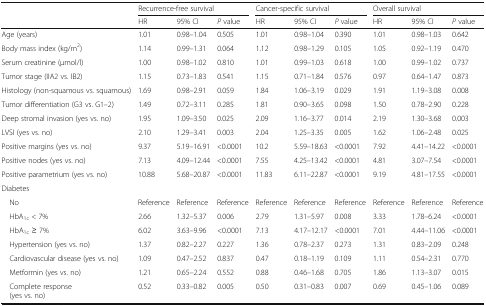
<table><thead><tr><td></td><td colspan="3"><b>Recurrence-free survival</b></td><td colspan="3"><b>Cancer-specific survival</b></td><td colspan="3"><b>Overall survival</b></td></tr><tr><td></td><td><b>HR</b></td><td><b>95% CI</b></td><td><b><i>P</i> value</b></td><td><b>HR</b></td><td><b>95% CI</b></td><td><b><i>P</i> value</b></td><td><b>HR</b></td><td><b>95% CI</b></td><td><b><i>P</i> value</b></td></tr></thead><tbody><tr><td>Age (years)</td><td>1.01</td><td>0.98–1.04</td><td>0.505</td><td>1.01</td><td>0.98–1.04</td><td>0.390</td><td>1.01</td><td>0.98–1.03</td><td>0.642</td></tr><tr><td>Body mass index (kg/m<sup>2</sup>)</td><td>1.14</td><td>0.99–1.31</td><td>0.064</td><td>1.12</td><td>0.98–1.29</td><td>0.105</td><td>1.05</td><td>0.92–1.19</td><td>0.470</td></tr><tr><td>Serum creatinine (μmol/l)</td><td>1.00</td><td>0.98–1.02</td><td>0.810</td><td>1.01</td><td>0.99–1.03</td><td>0.618</td><td>1.00</td><td>0.99–1.02</td><td>0.737</td></tr><tr><td>Tumor stage (IIA2 vs. IB2)</td><td>1.15</td><td>0.73–1.83</td><td>0.541</td><td>1.15</td><td>0.71–1.84</td><td>0.576</td><td>0.97</td><td>0.64–1.47</td><td>0.873</td></tr><tr><td>Histology (non-squamous vs. squamous)</td><td>1.69</td><td>0.98–2.91</td><td>0.059</td><td>1.84</td><td>1.06–3.19</td><td>0.029</td><td>1.91</td><td>1.19–3.08</td><td>0.008</td></tr><tr><td>Tumor differentiation (G3 vs. G1–2)</td><td>1.49</td><td>0.72–3.11</td><td>0.285</td><td>1.81</td><td>0.90–3.65</td><td>0.098</td><td>1.50</td><td>0.78–2.90</td><td>0.228</td></tr><tr><td>Deep stromal invasion (yes vs. no)</td><td>1.95</td><td>1.09–3.50</td><td>0.025</td><td>2.09</td><td>1.16–3.77</td><td>0.014</td><td>2.19</td><td>1.30–3.68</td><td>0.003</td></tr><tr><td>LVSI (yes vs. no)</td><td>2.10</td><td>1.29–3.41</td><td>0.003</td><td>2.04</td><td>1.25–3.35</td><td>0.005</td><td>1.62</td><td>1.06–2.48</td><td>0.025</td></tr><tr><td>Positive margins (yes vs. no)</td><td>9.37</td><td>5.19–16.91</td><td>&lt;0.0001</td><td>10.2</td><td>5.59–18.63</td><td>&lt;0.0001</td><td>7.92</td><td>4.41–14.22</td><td>&lt;0.0001</td></tr><tr><td>Positive nodes (yes vs. no)</td><td>7.13</td><td>4.09–12.44</td><td>&lt;0.0001</td><td>7.55</td><td>4.25–13.42</td><td>&lt;0.0001</td><td>4.81</td><td>3.07–7.54</td><td>&lt;0.0001</td></tr><tr><td>Positive parametrium (yes vs. no)</td><td>10.88</td><td>5.68–20.87</td><td>&lt;0.0001</td><td>11.83</td><td>6.11–22.87</td><td>&lt;0.0001</td><td>9.19</td><td>4.81–17.55</td><td>&lt;0.0001</td></tr><tr><td colspan="10">Diabetes</td></tr><tr><td> No</td><td>Reference</td><td>Reference</td><td>Reference</td><td>Reference</td><td>Reference</td><td>Reference</td><td>Reference</td><td>Reference</td><td>Reference</td></tr><tr><td> HbA<sub>1c</sub> &lt; 7%</td><td>2.66</td><td>1.32–5.37</td><td>0.006</td><td>2.79</td><td>1.31–5.97</td><td>0.008</td><td>3.33</td><td>1.78–6.24</td><td>&lt;0.0001</td></tr><tr><td> HbA<sub>1c</sub> ≥ 7%</td><td>6.02</td><td>3.63–9.96</td><td>&lt;0.0001</td><td>7.13</td><td>4.17–12.17</td><td>&lt;0.0001</td><td>7.01</td><td>4.44–11.06</td><td>&lt;0.0001</td></tr><tr><td> Hypertension (yes vs. no)</td><td>1.37</td><td>0.82–2.27</td><td>0.227</td><td>1.36</td><td>0.78–2.37</td><td>0.273</td><td>1.31</td><td>0.83–2.09</td><td>0.248</td></tr><tr><td> Cardiovascular disease (yes vs. no)</td><td>1.09</td><td>0.47–2.52</td><td>0.837</td><td>0.47</td><td>0.18–1.19</td><td>0.109</td><td>1.11</td><td>0.54–2.31</td><td>0.770</td></tr><tr><td> Metformin (yes vs. no)</td><td>1.21</td><td>0.65–2.24</td><td>0.552</td><td>0.88</td><td>0.46–1.68</td><td>0.705</td><td>1.86</td><td>1.13–3.07</td><td>0.015</td></tr><tr><td> Complete response (yes vs. no)</td><td>0.52</td><td>0.33–0.82</td><td>0.005</td><td>0.50</td><td>0.31–0.83</td><td>0.007</td><td>0.69</td><td>0.45–1.06</td><td>0.089</td></tr></tbody></table>